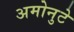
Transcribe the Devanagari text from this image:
अमोनुटे